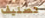
تصنيف